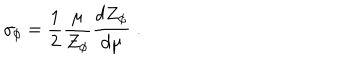
LaTeX: \gamma _ { \phi } = \frac { 1 } { 2 } \frac { \mu } { Z _ { \phi } } \frac { d Z _ { \phi } } { d \mu } \; .